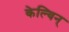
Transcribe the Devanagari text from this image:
केल्विन्